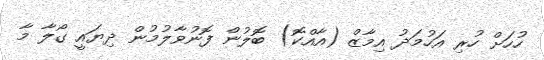
ހުހަށް ހުރި އަހުމަދު އިމާޒް (އާއްކޮ) ބޮލުން ފޮނުވާލުމުން ދިޔައީ ގޯލާ މާ